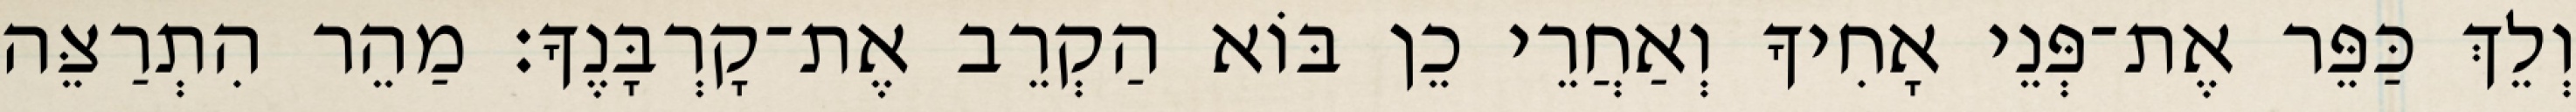
וְלֵךְ כַּפֵּר אֶת־פְּנֵי אָחִיךָ וְאַחֲרֵי כֵן בּוֹא הַקְרֵב אֶת־קָרְבָּנֶךָ׃ מַהֵר הִתְרַצֵּה